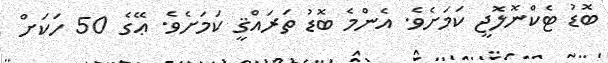
ބޮޑު ޓެކްނޮލޮޖީ ކަމަށެވެ. އެންމެ ބޮޑު ތަރައްޤީ ކަމަށެވެ. ޢޭގެ 50 ހަކަށް